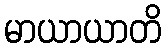
မာယာယာတိ